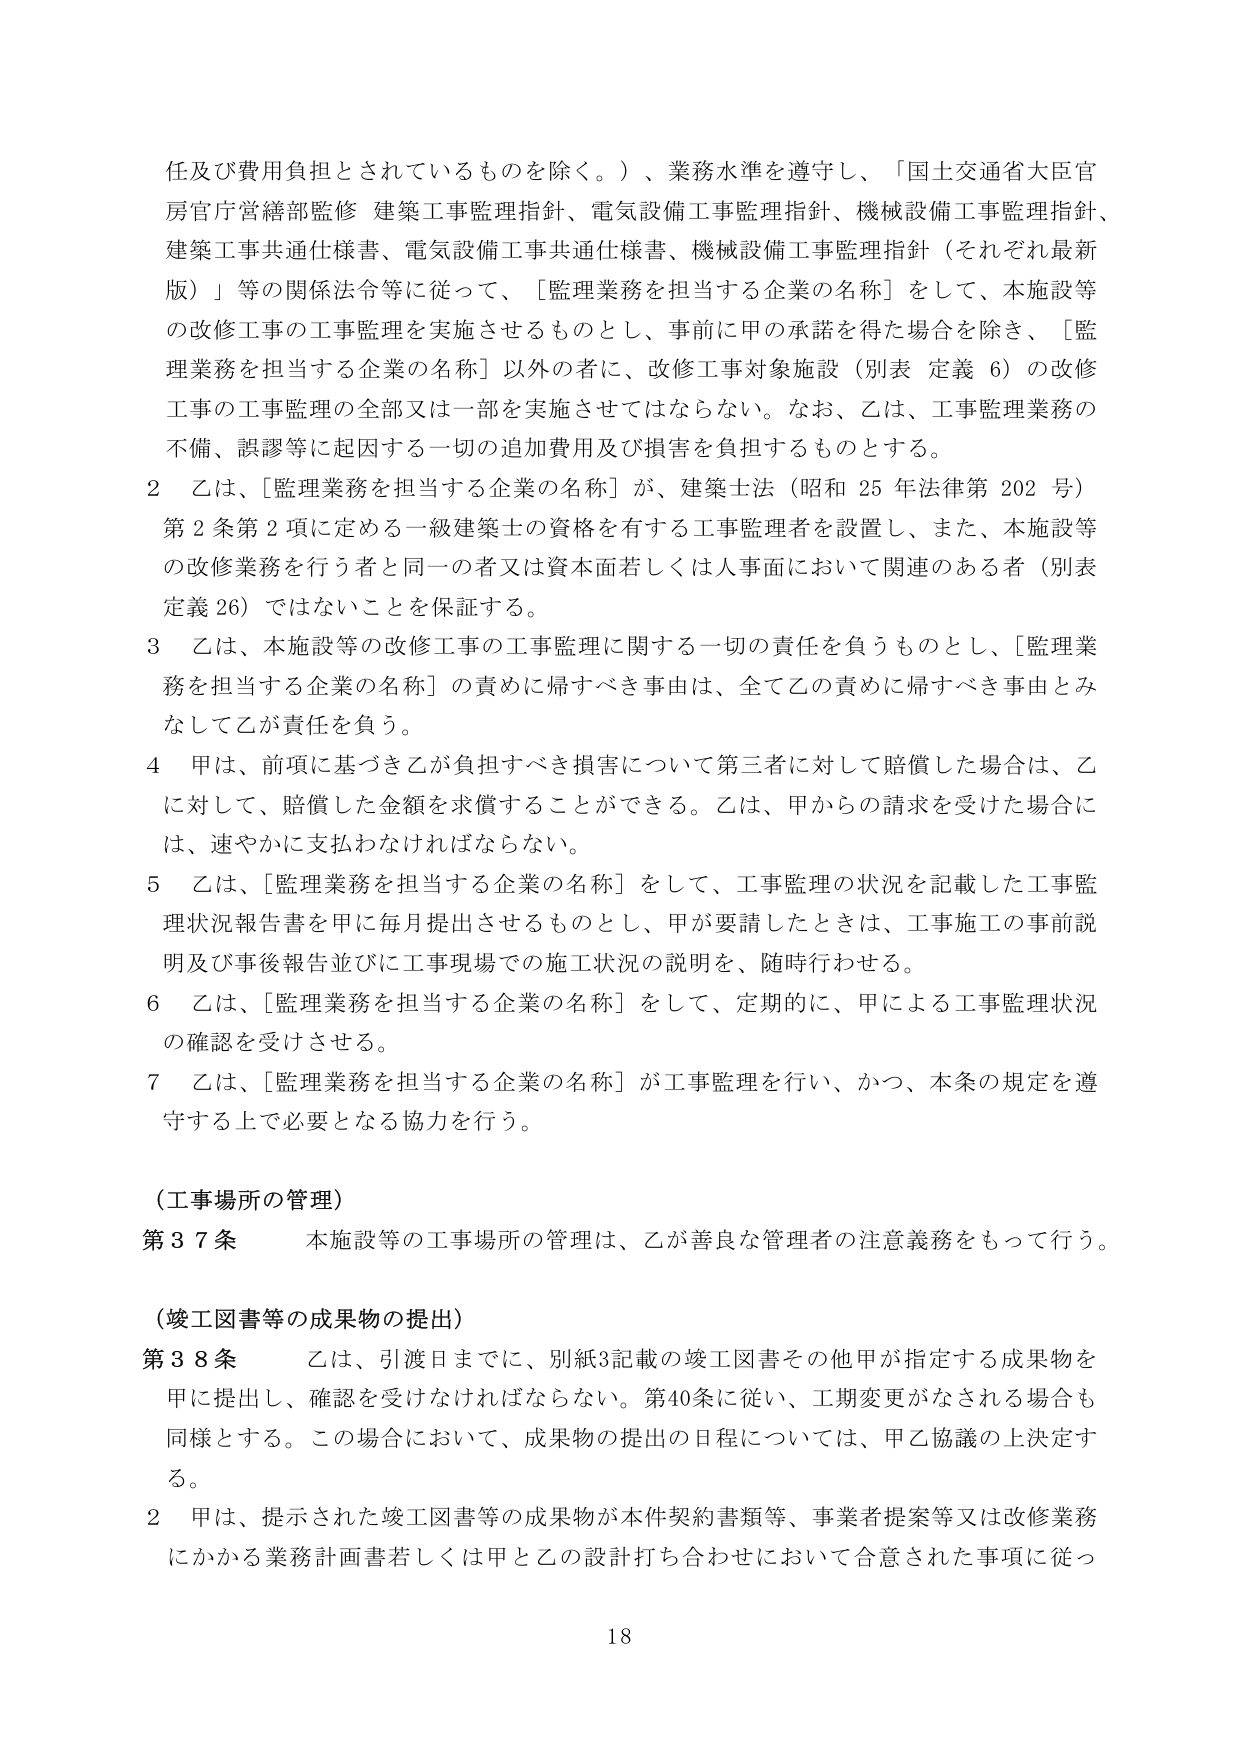
任及び費用負担とされているものを除く。）、業務水準を遵守し、「国土交通省大臣官房官庁営繕部監修 建築工事監理指針、電気設備工事監理指針、機械設備工事監理指針、建築工事共通仕様書、電気設備工事共通仕様書、機械設備工事監理指針（それぞれ最新版）」等の関係法令等に従って、［監理業務を担当する企業の名称］をして、本施設等の改修工事の工事監理を実施させるものとし、事前に甲の承諾を得た場合を除き、［監理業務を担当する企業の名称］以外の者に、改修工事対象施設（別表 定義 6）の改修工事の工事監理の全部又は一部を実施させてはならない。なお、乙は、工事監理業務の不備、誤謬等に起因する一切の追加費用及び損害を負担するものとする。

2 乙は、［監理業務を担当する企業の名称］が、建築士法（昭和 25 年法律第 202 号）第 2 条第 2 項に定める一級建築士の資格を有する工事監理者を設置し、また、本施設等の改修業務を行う者と同一の者又は資本面若しくは人事面において関連のある者（別表 定義 26）ではないことを保証する。

3 乙は、本施設等の改修工事の工事監理に関する一切の責任を負うものとし、［監理業務を担当する企業の名称］の責めに帰すべき事由は、全て乙の責めに帰すべき事由とみなして乙が責任を負う。

4 甲は、前項に基づき乙が負担すべき損害について第三者に対して賠償した場合は、乙に対して、賠償した金額を求償することができる。乙は、甲からの請求を受けた場合には、速やかに支払わなければならない。

5 乙は、［監理業務を担当する企業の名称］をして、工事監理の状況を記載した工事監理状況報告書を甲に毎月提出させるものとし、甲が要請したときは、工事施工の事前説明及び事後報告並びに工事現場での施工状況の説明を、随時行わせる。

6 乙は、［監理業務を担当する企業の名称］をして、定期的に、甲による工事監理状況の確認を受けさせる。

7 乙は、［監理業務を担当する企業の名称］が工事監理を行い、かつ、本条の規定を遵守する上で必要となる協力を行う。

（工事場所の管理）

第37条 本施設等の工事場所の管理は、乙が善良な管理者の注意義務をもって行う。

（竣工図書等の成果物の提出）

第38条 乙は、引渡日までに、別紙3記載の竣工図書その他甲が指定する成果物を甲に提出し、確認を受けなければならない。第40条に従い、工期変更がなされる場合も同様とする。この場合において、成果物の提出の日程については、甲乙協議の上決定する。

2 甲は、提示された竣工図書等の成果物が本件契約書類等、事業者提案等又は改修業務にかかる業務計画書若しくは甲と乙の設計打ち合わせにおいて合意された事項に従っ

18